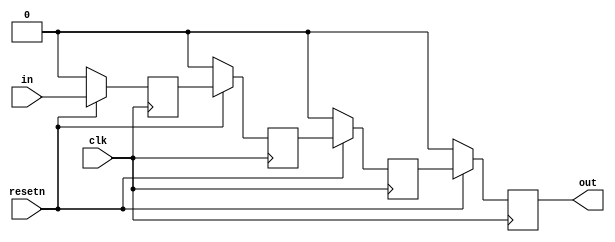
module top_module (
    input clk,
    input resetn,   // synchronous reset
    input in,
    output reg out);
    reg x1,x2,x3;
    always @(posedge clk) begin
        if(!resetn)
        	{x1,x2,x3,out} <= 0;
        else begin
            out <= x3;
            x3 <= x2;
            x2 <= x1;
            x1 <= in;
        end
    end
endmodule